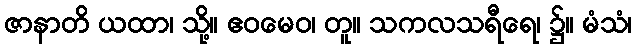
ဇာနာတိ ယထာ၊ သို့။ ဧဝမေဝ၊ တူ။ သကလသရီရေ၊ ၌။ မံသံ၊